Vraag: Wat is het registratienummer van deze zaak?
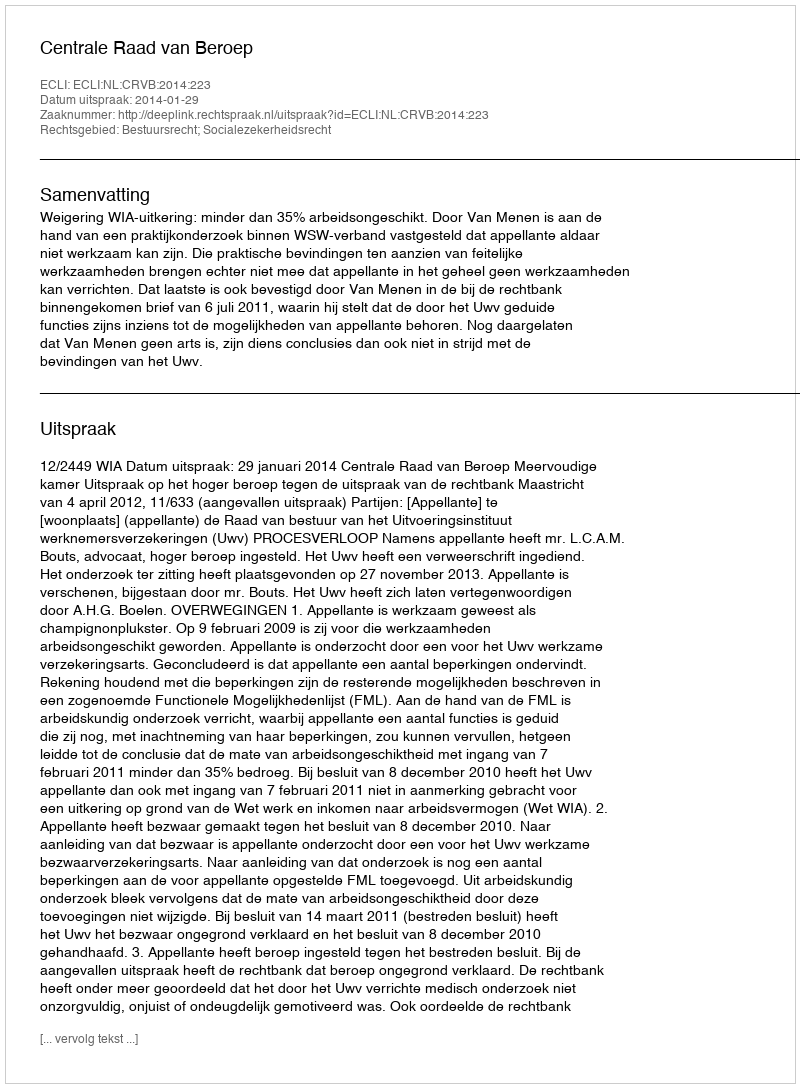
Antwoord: http://deeplink.rechtspraak.nl/uitspraak?id=ECLI:NL:CRVB:2014:223